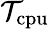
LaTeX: \displaystyle\mathcal{T}_{\mathrm{{cpu}}}